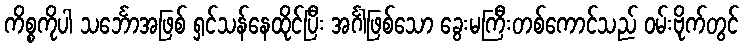
ကိစ္စကိုပါ သင်္ဘောအဖြစ် ရှင်သန်နေထိုင်ပြီး အင်္ဂါဖြစ်သော ခွေးမကြီးတစ်ကောင်သည် ဝမ်းဗိုက်တွင်